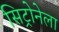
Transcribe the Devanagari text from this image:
सिट्रोनेला